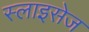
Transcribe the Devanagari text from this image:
स्लाइसेज